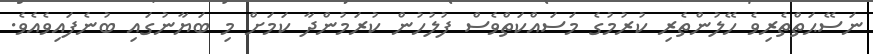
ނަސޭޙަތްތެރިވެ ހޭލުންތެރި ކުރުމުގެ މަސައްކަތްވެސް ފުލުހުން ކުރަމުންދާ ކަމަށް މި ބަޔާނުގައި ބުނެފައިވެއެވެ.